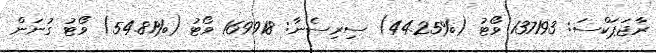
ރާޖަޕަކްސަ: 137193 ވޯޓު (%44.25) ސިރިސެނާ: 169918 ވޯޓު (%54.81) ވޯޓު ގުނަން